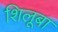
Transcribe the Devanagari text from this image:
शिलूबा